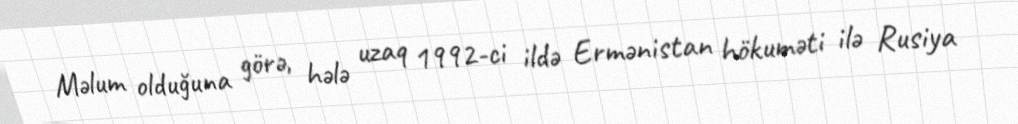
Məlum olduğuna görə, hələ uzaq 1992-ci ildə Ermənistan hökuməti ilə Rusiya